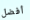
أفضل